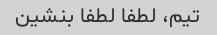
تیم، لطفا لطفا بنشین